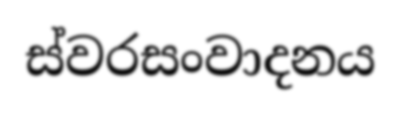
ස්වරසංවාදනය